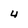
Character: U